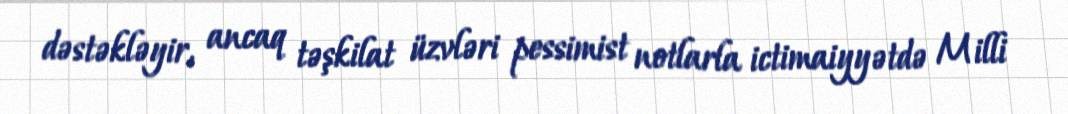
dəstəkləyir, ancaq təşkilat üzvləri pessimist notlarla ictimaiyyətdə Milli